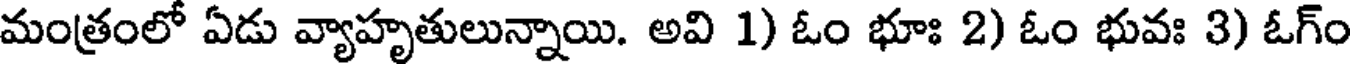
మంత్రంలో ఏడు వ్యాహృతులున్నాయి. అవి 1) ఓం భూః 2) ఓం భువః 3) ఓగ్ం